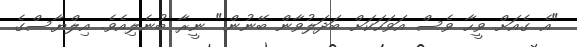
"އެ ގެއަށް ވީހާ ވެސް އަވަހަކަށް ބަދަލުވާން ބޭނުން." ނީރާ ބުނެލިއެވެ. އިލްޔާސްގެ